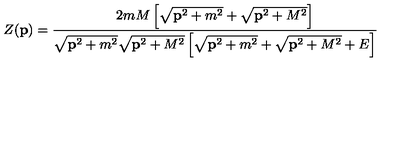
Z ( { \bf p } ) = \frac { 2 m M \left[ \sqrt { { \bf p } ^ { 2 } + m ^ { 2 } } + \sqrt { { \bf p } ^ { 2 } + M ^ { 2 } } \right] } { \sqrt { { \bf p } ^ { 2 } + m ^ { 2 } } \sqrt { { \bf p } ^ { 2 } + M ^ { 2 } } \left[ \sqrt { { \bf p } ^ { 2 } + m ^ { 2 } } + \sqrt { { \bf p } ^ { 2 } + M ^ { 2 } } + E \right] }